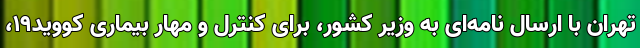
تهران با ارسال نامه‌ای به وزیر کشور، برای کنترل و مهار بیماری کووید۱۹،